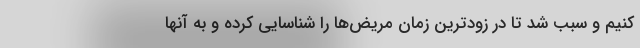
کنیم و سبب شد تا در زودترین زمان مریض‌ها را شناسایی کرده و به آنها